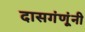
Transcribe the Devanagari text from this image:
दासगंणूंनी